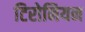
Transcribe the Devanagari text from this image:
टिरोनियन